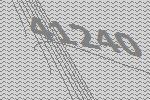
41240